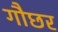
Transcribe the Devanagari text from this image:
गौछर